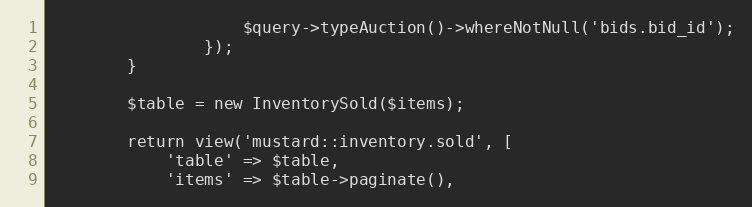
Language: PHP
                    $query->typeAuction()->whereNotNull('bids.bid_id');
                });
        }

        $table = new InventorySold($items);

        return view('mustard::inventory.sold', [
            'table' => $table,
            'items' => $table->paginate(),